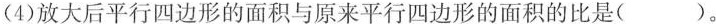
(4)放大后平行四边形的面积与原来平行四边形的面积的比是( )。